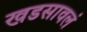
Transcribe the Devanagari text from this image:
खडसावलं